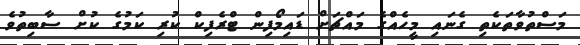
މަސްތުވާތަކެތި ގެނައި މީހެއްގެ މައްޗަށް ޑައިމޯފިން ޓްރެފިކް ކުރި ކަމުގެ ކުށް ސާބިތުވެ